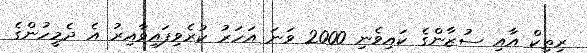
ރިތިކް އާއި ސުޒާންގެ ކައިވެނި 2000 ވަނަ އަހަރު ކުރެވިފައިވާއިރު އެ ދެމީހުންގެ